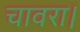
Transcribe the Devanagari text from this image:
चावरा।